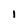
Character: I